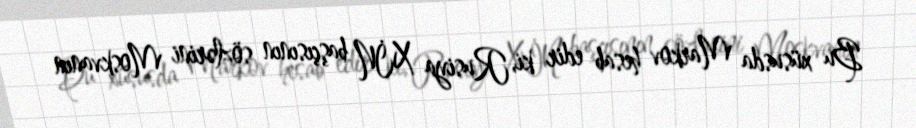
Bu xüsusda Markov hesab edir ki, Rusiya XİN başçısının sözlərini Moskvanın